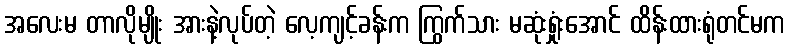
အလေးမ တာလိုမျိုး အားနဲ့လုပ်တဲ့ လေ့ကျင့်ခန်းက ကြွက်သား မဆုံးရှုံးအောင် ထိန်းထားရုံတင်မက